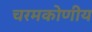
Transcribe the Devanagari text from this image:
चरमकोणीय